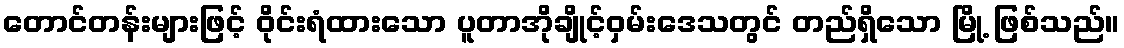
တောင်တန်းများဖြင့် ဝိုင်းရံထားသော ပူတာအိုချိုင့်ဝှမ်းဒေသတွင် တည်ရှိသော မြို့ ဖြစ်သည်။